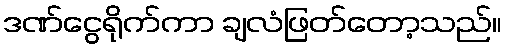
ဒဏ်ငွေရိုက်ကာ ချလံဖြတ်တော့သည်။